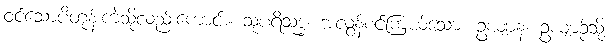
ဝင်သောပိတုန်းကဲ့သို့လည်းကောင်း။ သုပရိသုဒ္ဓံ၊ အလွန်စင်ကြယ်သော။ ဥယျာနံ၊ ဥယျာဉ်သို့။